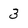
Character: 3